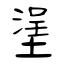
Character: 塣